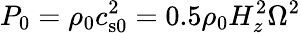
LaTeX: P_{0}=\rho_{0}c_{\mathrm{s0}}^{2}=0.5\rho_{0}H_{z}^{2}\Omega^{2}